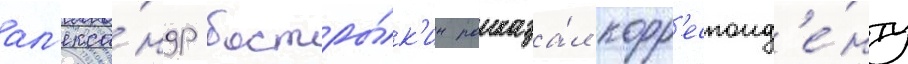
ал'екса́ндр бастры́к'ин рассказа́л корр'еспонд'е́нту